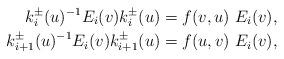
LaTeX: \begin{align*}k^{\pm}_i(u)^{-1}E_i(v)k^{\pm}_i(u)&=f(v,u)\ E_i(v),\\k^{\pm}_{i+1}(u)^{-1}E_i(v)k^{\pm}_{i+1}(u)&=f(u,v)\ E_i(v),\end{align*}